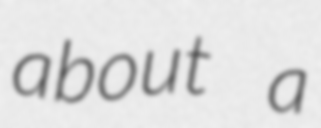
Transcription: about a